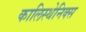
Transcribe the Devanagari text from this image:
कालिस्थेनिक्स